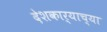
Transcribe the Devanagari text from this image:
देशकार्याच्या